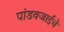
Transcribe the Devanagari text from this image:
पांडवजाईचे